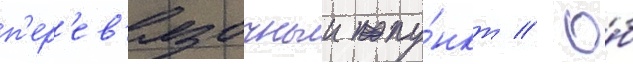
п'ер'ев'язочныи пу́нкт // О́б